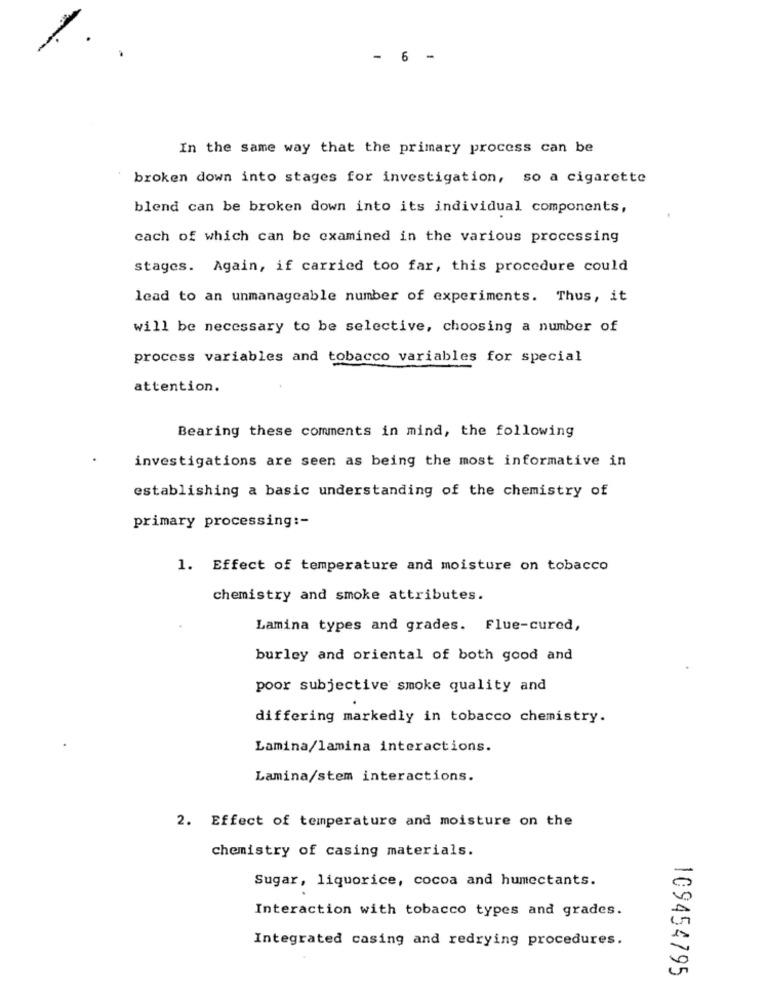
- 6
-
In the same way that the primary process can be
broken down into stages for investigation, so a cigarette
blend can be broken down into its individual components,
cach of which can be examined in the various processing
stages. Again, if carried too far, this procedure could
lead to an unmanageable number of experiments. Thus, it
will be necessary to be selective, choosing a number of
process variables and tobacco variables for special
attention.
Bearing these comments in mind, the following
investigations are seen as being the most informative in
establishing a basic understanding of the chemistry of
primary processing :-
1. Effect of temperature and moisture on tobacco
chemistry and smoke attributes.
Lamina types and grades. Flue-cured,
burley and oriental of both good and
poor subjective smoke quality and
differing markedly in tobacco chemistry.
Lamina/lamina interactions.
Lamina/stem interactions.
2. Effect of temperature and moisture on the
chemistry of casing materials.
Sugar, liquorice, cocoa and humectants.
Interaction with tobacco types and grades.
Integrated casing and redrying procedures.
109454795